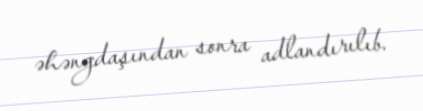
əhəngdaşından sonra adlandırılıb.